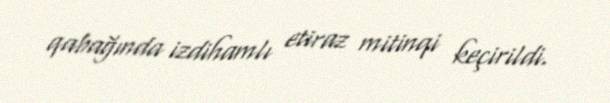
qabağında izdihamlı etiraz mitinqi keçirildi.